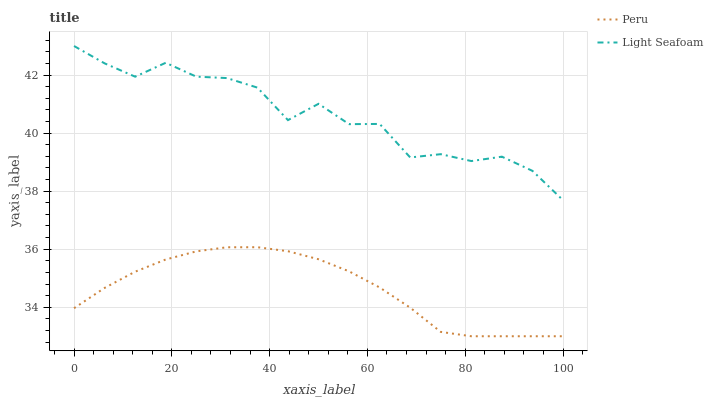
| xaxis_label | Peru | Light Seafoam |
 | --- | --- | --- |
 | 0 | 34 | 43 |
 | 6.25 | 34.7 | 42.4 |
 | 12.5 | 35.2 | 41.9 |
 | 18.8 | 35.6 | 42.4 |
 | 25 | 35.9 | 41.9 |
 | 31.2 | 36.1 | 41.9 |
 | 37.5 | 36.1 | 41.6 |
 | 43.8 | 35.9 | 40.4 |
 | 50 | 35.7 | 41 |
 | 56.2 | 35.2 | 40.3 |
 | 62.5 | 34.7 | 40.3 |
 | 68.8 | 34 | 39.2 |
 | 75 | 33.1 | 39.3 |
 | 81.2 | 33 | 39 |
 | 87.5 | 33 | 39.2 |
 | 93.8 | 33 | 38.7 |
 | 100 | 33 | 37.7 |